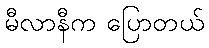
မီလာနီက ပြောတယ်